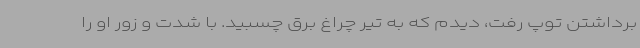
برداشتن توپ رفت، دیدم که به تیر چراغ برق چسبید. با شدت و زور او را